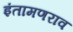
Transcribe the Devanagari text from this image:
इंतामणराव